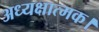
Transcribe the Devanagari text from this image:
अध्यक्षात्मक।